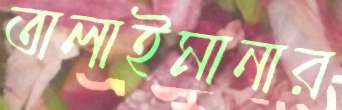
তালাইমানার